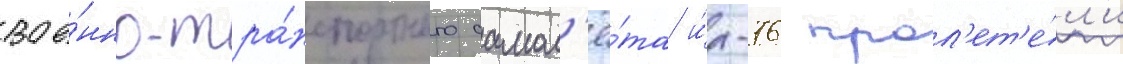
вое́нно-тра́нспортного самол'ё́та и́л-76 прол'ет'е́л'и